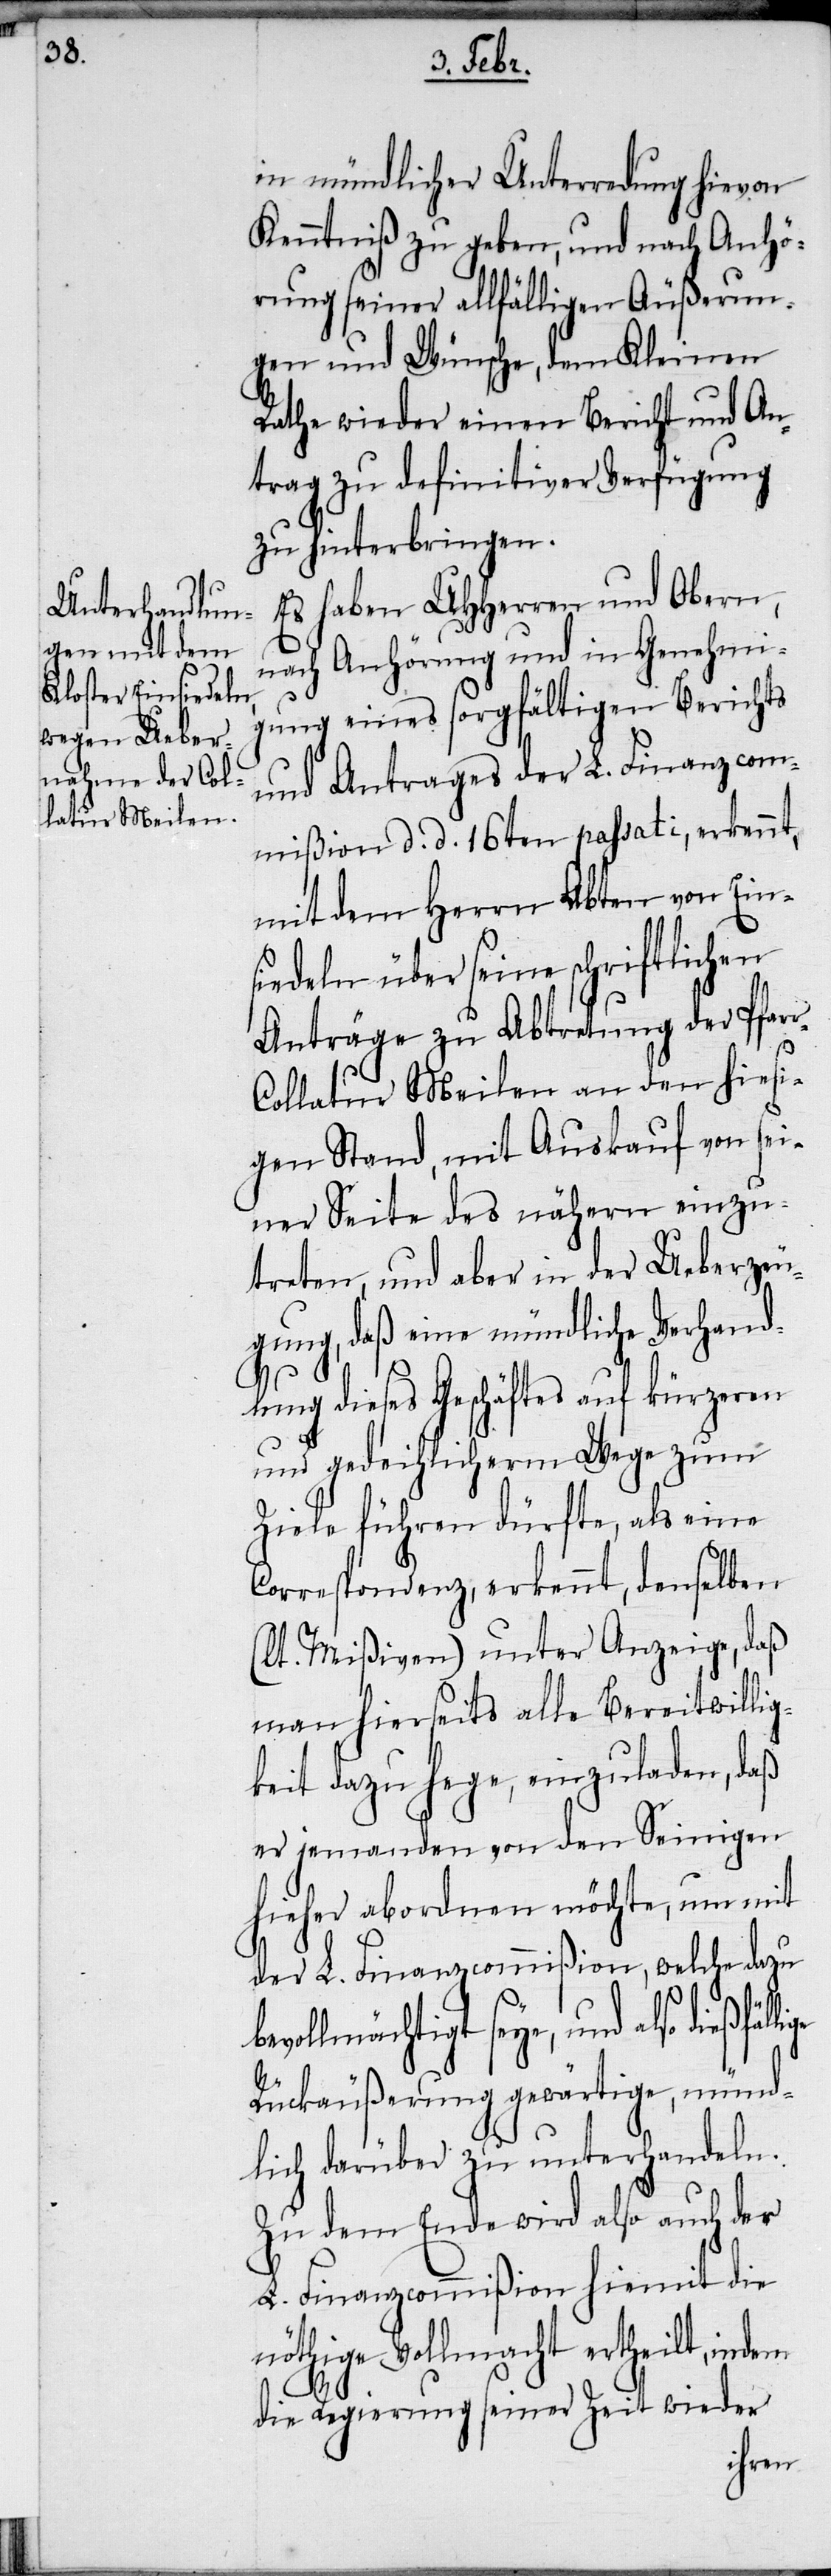
r-C¬

in mündlicher Unterredung hievon
Kenntniß zu geben, und nach Anhö¬
rung seiner allfälligen Äußerun¬
gen und Wünsche, dem Kleinen
Rathe wieder einen Bericht und An¬
trag zu definitiver Verfügung
zu hinterbringen.
Es haben UHHerren und Obern,
nach Anhörung und in Genehmi¬
gung eines sorgfältigen Berichts
und Antrages der L. Finanzcom¬
mißion d. d. 16ten passati, erkennt,
mit dem Herrn Abten von Ein¬
siedeln über seine schriftlichen
Anträge zu Abtretung der Pfar¬
ollatur Meilen an den hiesi¬
gen Stand, mit Auskauf von sei¬
ner Seite des nähern einzu¬
treten, und aber in der Ueberzeu¬
gung, daß eine mündliche Verhand¬
lung dieses Geschäftes auf kürzeren
und gedeihlicherm Wege zum
Ziele führen dürfte, als eine
Correspondenz, erkennt, denselben
(lt. Mißiven) unter Anzeige, daß
man hierseits alle Bereitwillig¬
keit dazu hege, einzuladen, daß
er jemanden von den Seinigen
hieher abordnen möchte, um mit
der L. Finanzcommißion, welche dazu
bevollmächtigt seye, und also
Rückäußerung gewärtige, münd¬
lich darüber zu unterhandlen.
Zu dem Ende wird also auch der
L. Finanzcommißion hiemit die
nöthige Vollmacht ertheilt, indem
die Regierung seiner Zeit wieder